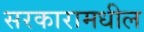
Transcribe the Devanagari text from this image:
सरकारामधील